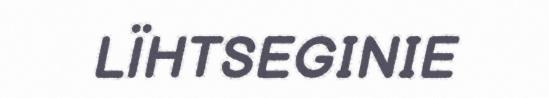
LÏHTSEGINIE